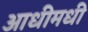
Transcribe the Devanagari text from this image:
आधीमधी